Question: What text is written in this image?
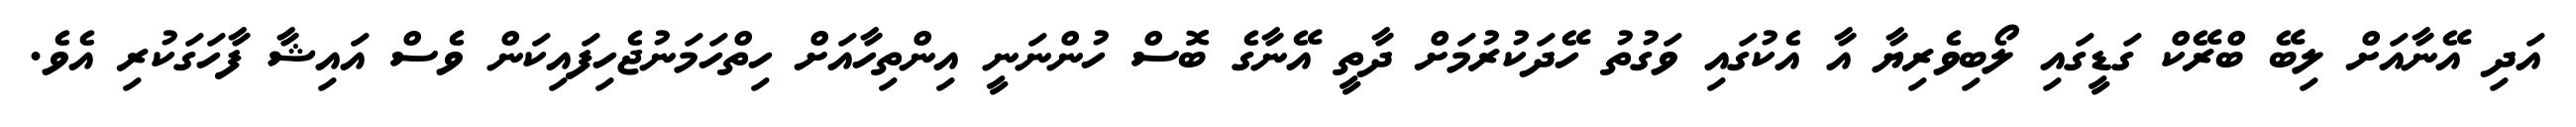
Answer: އަދި އޭނާއަށް ލިބޭ ބްރޭކް ގަޑީގައި ލޯބިވެރިޔާ އާ އެކުގައި ވަގުތު ހޭދަކުރުމަށް ދާތީ އޭނާގެ ބޮސް ހުންނަނީ އިންތިހާއަށް ހިތްހަމަނުޖެހިފައިކަން ވެސް އައިޝާ ފާހަގަކުރި އެވެ.